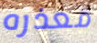
معذره